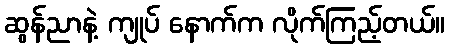
ဆွန်ညာနဲ့ ကျုပ် နောက်က လိုက်ကြည့်တယ်။